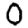
Digit: 0